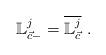
LaTeX: \begin{align*}\mathbb{L}_{\vec{c}-}^{j}=\overline{\mathbb{L}_{\vec{c}}^{j}}\ .\end{align*}